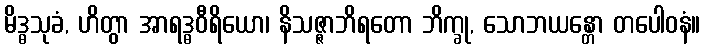
မိဒ္ဓသုခံ, ဟိတွာ အာရဒ္ဓဝီရိယော၊ နိသဇ္ဇာဘိရတော ဘိက္ခု, သောဘယန္တော တပေါဝနံ။